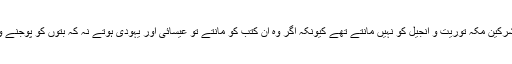
یہ مشرکین مکہ توریت و انجیل کو نہیں مانتے تھے کیونکہ اگر وہ ان کتب کو مانتے تو عیسائی اور یہودی ہوتے نہ کہ بتوں کو پوجنے والے۔